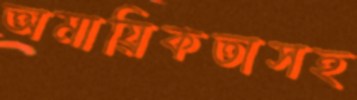
অমায়িকতাসহ